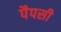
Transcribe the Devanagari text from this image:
पैपसी